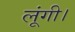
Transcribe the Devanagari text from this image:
लूंगी।